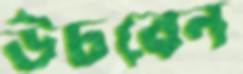
উচবেন